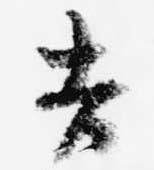
吉